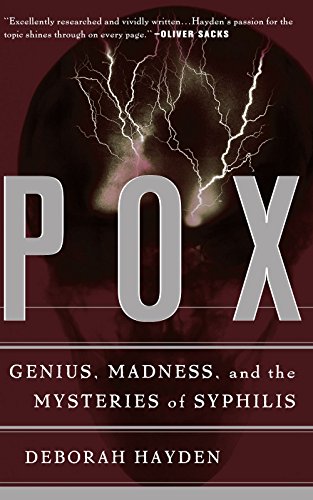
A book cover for Pox: Genius, Madness, And The Mysteries Of Syphilis; Deborah Hayden; Health, Fitness & Dieting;